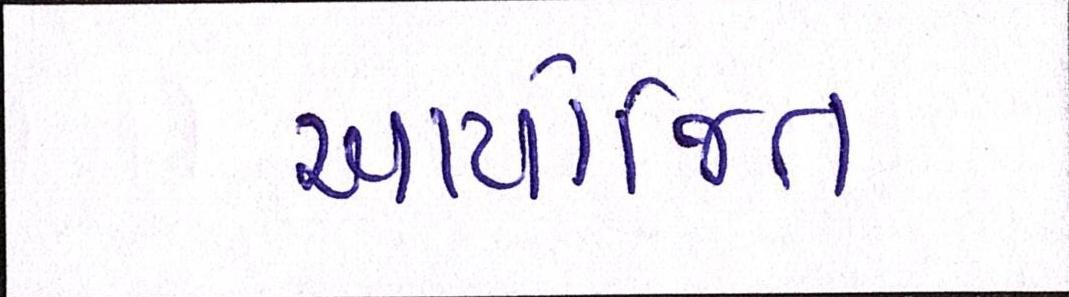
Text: આયોજિત